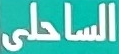
الساحلى